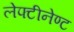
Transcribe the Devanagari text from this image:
लेफ्टीनेण्ट